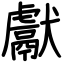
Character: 獻